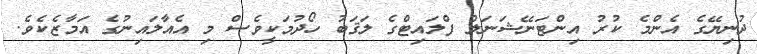
ދުނިޔޭގެ އެންމެ ކުރު އިންޓަނޭޝަނަލް ފްލައިޓްގެ ލަޤަބު ހޯދުމަކީވެސް މި އެއާލައިނުގެ އަމާޒެކެވެ.